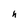
Character: h